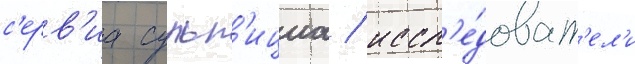
с'ерв'иа сульп'ициа / иссл'е́доват'ел'и